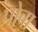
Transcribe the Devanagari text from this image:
प्रोबा